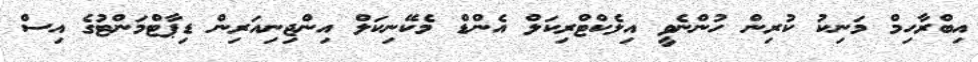
އިބްރާހިމް މަނިކު ކުރިން ހުންނެވީ އިލެކްޓްރިކަލް އެންޑް މެކޭނިކަލް އިންޖިނިއަރިން ޑިޕާޓްމަންޓުގެ އިސް